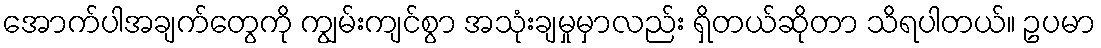
အောက်ပါအချက်တွေကို ကျွမ်းကျင်စွာ အသုံးချမှုမှာလည်း ရှိတယ်ဆိုတာ သိရပါတယ်။ ဥပမာ